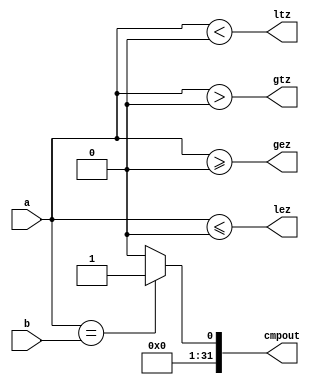
`timescale 1ns / 1ps

module CMP(a,b,cmpout,lez,ltz,gtz,gez);
input [31:0]a,b;
output [31:0] cmpout;
output lez,ltz,gtz,gez;
assign cmpout=(a==b)?32'h1:32'h0;
assign lez=$signed(a)<=0;
assign ltz=$signed(a)<0;
assign gtz=$signed(a)>0;
assign gez=$signed(a)>=0;
endmodule